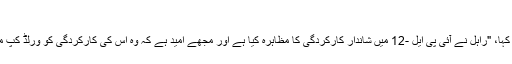
"
بائیں ہاتھ کے بلے باز نے کہا، "راہل نے آئی پی ایل -12 میں شاندار کارکردگی کا مظاہرہ کیا ہے اور مجھے امید ہے کہ وہ اس کی کارکردگی کو ورلڈ کپ میں بھی جاری رکھیں گے۔